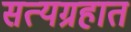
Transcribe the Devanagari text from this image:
सत्यग्रहात